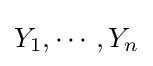
Y_{1},\cdots ,Y_{n}